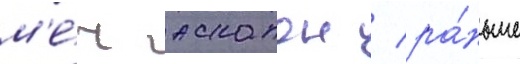
м'е́ч аскалон / ра́ньше